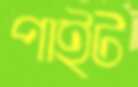
পাইট